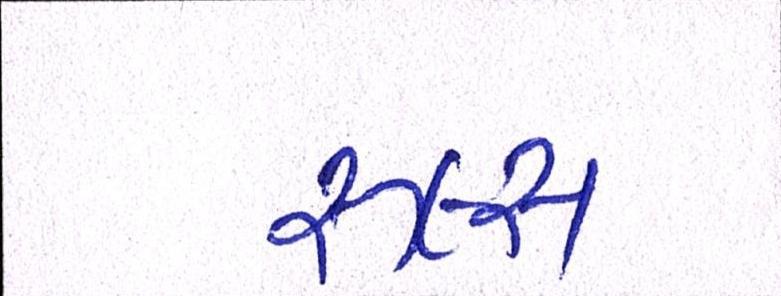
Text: રૂલ્સ